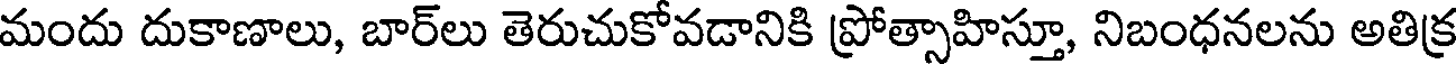
మందు దుకాణాలు, బార్లు తెరుచుకోవడానికి ప్రోత్సాహిస్తూ, నిబంధనలను అతిక్ర